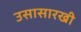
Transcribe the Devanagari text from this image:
उसासारखी